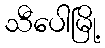
သီပေါမြို့